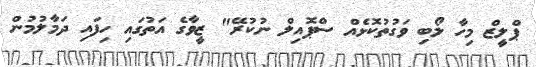
ޕްލީޒް މިހާ ލޯބި ވަގުތުކޮޅެއް ސްޕޮއިލް ނުކުރޭ" ޒީވާގެ އަތުގައި ހިފައި ދަމާލުމުން